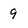
Character: 9